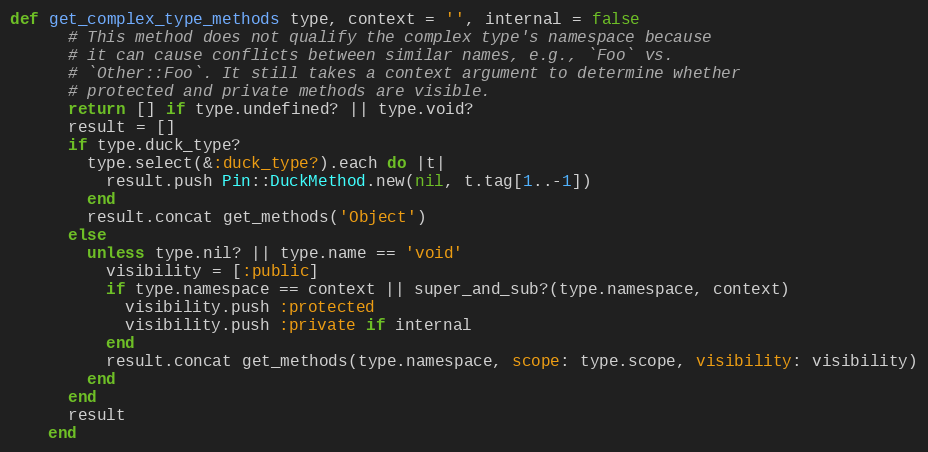
Language: Ruby
def get_complex_type_methods type, context = '', internal = false
      # This method does not qualify the complex type's namespace because
      # it can cause conflicts between similar names, e.g., `Foo` vs.
      # `Other::Foo`. It still takes a context argument to determine whether
      # protected and private methods are visible.
      return [] if type.undefined? || type.void?
      result = []
      if type.duck_type?
        type.select(&:duck_type?).each do |t|
          result.push Pin::DuckMethod.new(nil, t.tag[1..-1])
        end
        result.concat get_methods('Object')
      else
        unless type.nil? || type.name == 'void'
          visibility = [:public]
          if type.namespace == context || super_and_sub?(type.namespace, context)
            visibility.push :protected
            visibility.push :private if internal
          end
          result.concat get_methods(type.namespace, scope: type.scope, visibility: visibility)
        end
      end
      result
    end